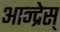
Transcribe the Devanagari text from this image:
आन्द्रेस्